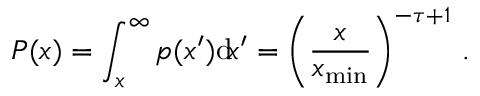
P ( x ) = \int _ { x } ^ { \infty } p ( x ^ { \prime } ) \mathrm { d } \! x ^ { \prime } = \left( \frac { x } { x _ { \mathrm { m i n } } } \right) ^ { - \tau + 1 } \, .